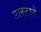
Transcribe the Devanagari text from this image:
उलटाते